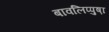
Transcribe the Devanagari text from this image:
बावलिप्पुष़ा